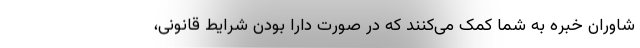
شاوران خبره به شما کمک می‌کنند که در صورت دارا بودن شرایط قانونی،